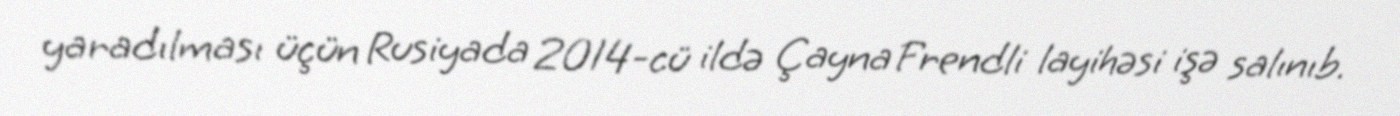
yaradılması üçün Rusiyada 2014-cü ildə Çayna Frendli layihəsi işə salınıb.